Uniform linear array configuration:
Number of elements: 12
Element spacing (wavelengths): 0.5
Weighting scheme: blackman
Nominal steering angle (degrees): -45
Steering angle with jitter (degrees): -45.932
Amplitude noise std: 0.05
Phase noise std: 0.05

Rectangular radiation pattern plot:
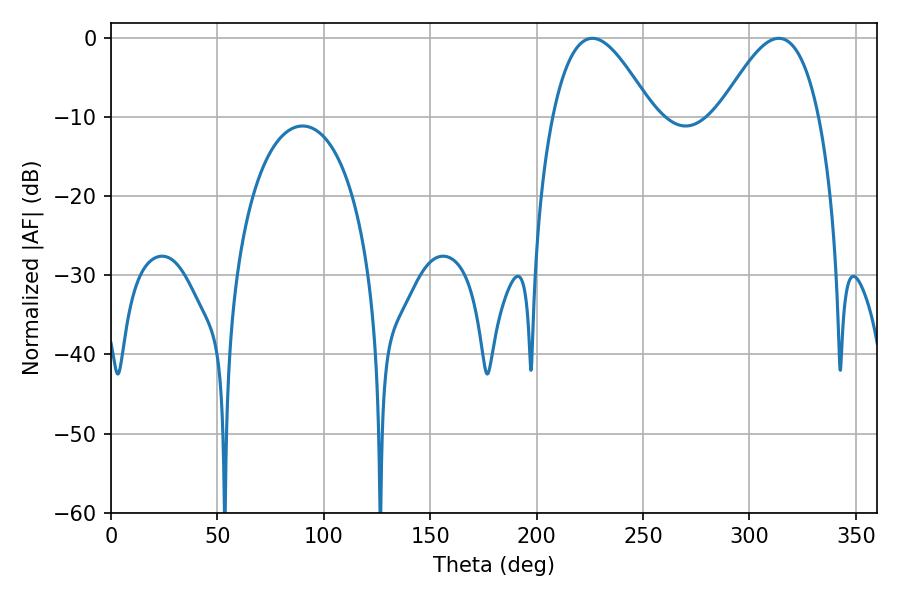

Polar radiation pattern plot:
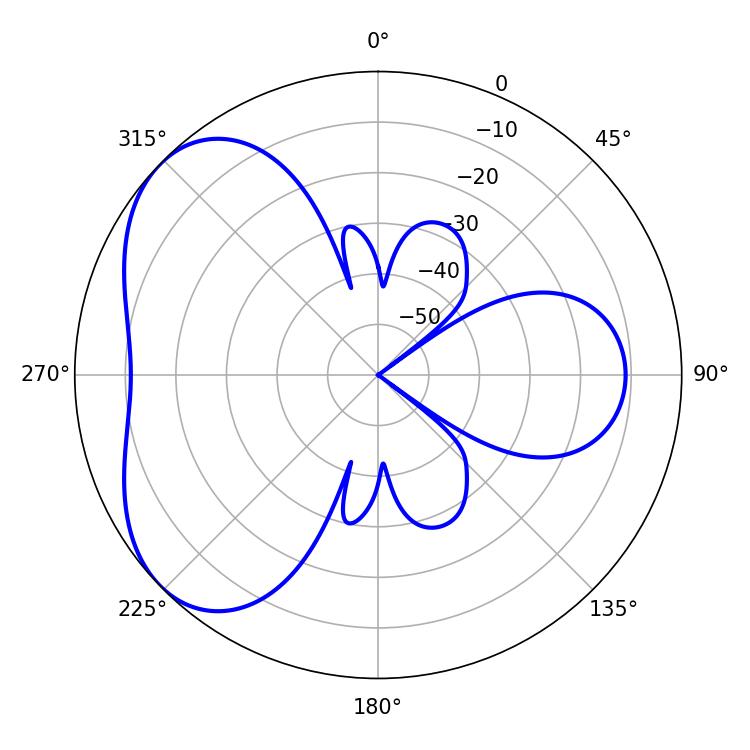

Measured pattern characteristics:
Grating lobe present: FALSE
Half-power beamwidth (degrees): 25.38
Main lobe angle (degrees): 226.26